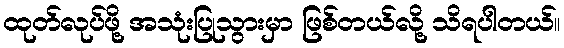
ထုတ်လုပ်ဖို့ အသုံးပြုသွားမှာ ဖြစ်တယ်လို့ သိရပါတယ်။